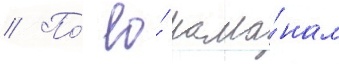
// По́ ео́ рома́нам